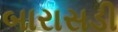
બારાસડી